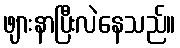
ဖျားနာပြီးလဲနေသည်။